Materia medica of Madras volume I
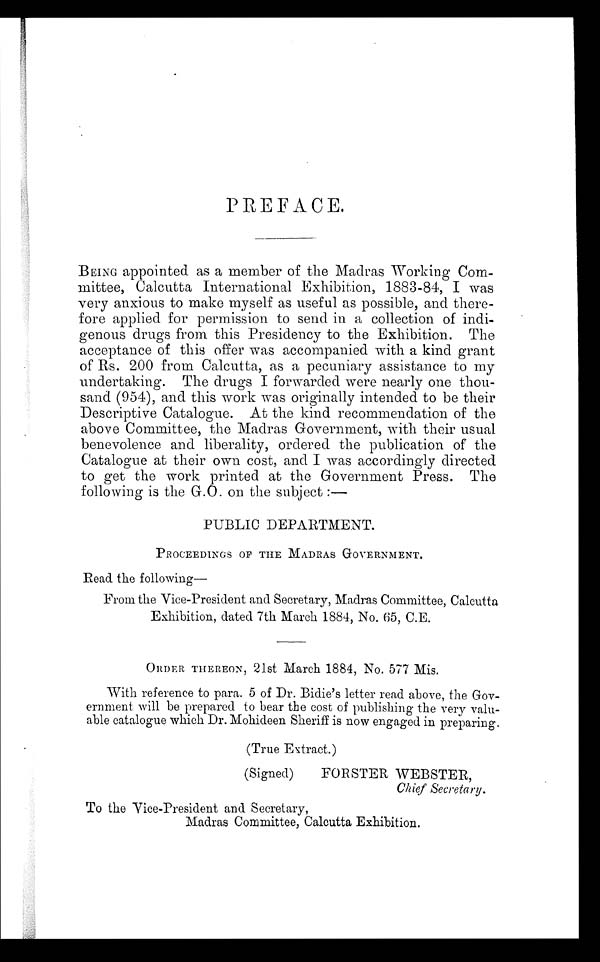
PREFACE.
BEING appointed as a member of the Madras Working Com-
mittee, Calcutta International Exhibition, 1883-84, I was
very anxious to make myself as useful as possible, and there-
fore applied for permission to send in a collection of indi-
genous drugs from this Presidency to the Exhibition. The
acceptance of this offer was accompanied with a kind grant
of Rs. 200 from Calcutta, as a pecuniary assistance to my
undertaking. The drugs I forwarded were nearly one thou-
sand (954), and this work was originally intended to be their
Descriptive Catalogue. At the kind recommendation of the
above Committee, the Madras Government, with their usual
benevolence and liberality, ordered the publication of the
Catalogue at their own cost, and I was accordingly directed
to get the work printed at the Government Press. The
following is the G.O. on the subject :-
PUBLIC DEPARTMENT.
PROCEEDINGS OF THE MADRAS GOVERNMENT.
Read the following
From the Vice-President and Secretary, Madras Committee, Calcutta
Exhibition, dated 7th March 1884, No. 65, C.E.
ORDER THEREON, 21st March 1884, No. 577 Mis.
With reference to para. 5 of Dr. Bidie's letter read above, the Gov-
ernment will be prepared to bear the cost of publishing the very valu-
able catalogue which Dr. Mohideen Sheriff is now engaged in preparing.
(True Extract.)
(Signed)
FORSTER WEBSTER,
Chief Secretary.
To the Vice-President and Secretary,
Madras Committee, Calcutta Exhibition.